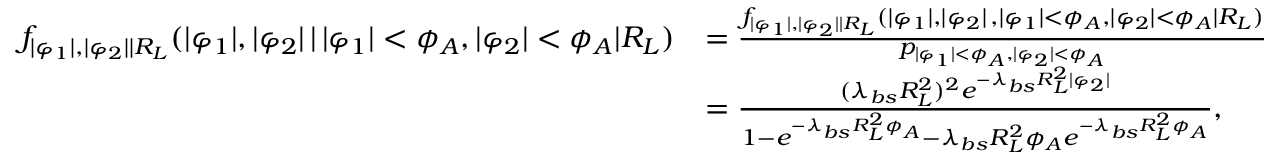
\begin{array} { r l } { f _ { | \varphi _ { 1 } | , | \varphi _ { 2 } | | R _ { L } } ( | \varphi _ { 1 } | , | \varphi _ { 2 } | \, | \, | \varphi _ { 1 } | < \phi _ { A } , | \varphi _ { 2 } | < \phi _ { A } | R _ { L } ) } & { = \frac { f _ { | \varphi _ { 1 } | , | \varphi _ { 2 } | | R _ { L } } ( | \varphi _ { 1 } | , | \varphi _ { 2 } | \, , | \varphi _ { 1 } | < \phi _ { A } , | \varphi _ { 2 } | < \phi _ { A } | R _ { L } ) } { p _ { | \varphi _ { 1 } | < \phi _ { A } , | \varphi _ { 2 } | < \phi _ { A } } } } \\ & { = \frac { ( \lambda _ { b s } R _ { L } ^ { 2 } ) ^ { 2 } e ^ { - \lambda _ { b s } R _ { L } ^ { 2 } | \varphi _ { 2 } | } } { 1 - e ^ { - \lambda _ { b s } R _ { L } ^ { 2 } \phi _ { A } } - \lambda _ { b s } R _ { L } ^ { 2 } \phi _ { A } e ^ { - \lambda _ { b s } R _ { L } ^ { 2 } \phi _ { A } } } , } \end{array}